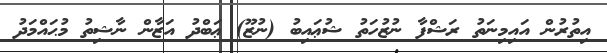
އިތުރުން އައިމިނަތު ރަޝްފާ ނުޒުހަތު ޝުޢައިބު (ނުޒޫ) ޢަބްދު އަޒާން ނާޝިތު މުޙައްމަދު